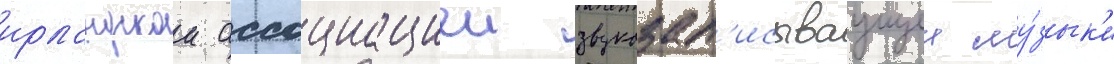
ирландскои ассоциациеи звукозап'исываущеи му́зык'и